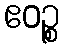
ဧဝဉ္စ